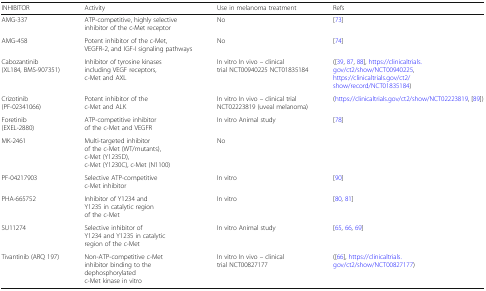
| INHIBITOR | Activity | Use in melanoma treatment | Refs |
 | --- | --- | --- | --- |
 | AMG-337 | ATP-competitive, highly selective inhibitor of the c-Met receptor | No | [73] |
 | AMG-458 | Potent inhibitor of the c-Met, VEGFR-2, and IGF-I signaling pathways | No | [74] |
 | Cabozantinib (XL184, BMS-907351) | Inhibitor of tyrosine kinases including VEGF receptors, c-Met and AXL | In vitro In vivo – clinical trial NCT00940225 NCT01835184 | ([39, 87, 88], https://clinicaltrials.gov/ct2/show/NCT00940225, https://clinicaltrials.gov/ct2/show/record/NCT01835184) |
 | Crizotinib (PF-02341066) | Potent inhibitor of the c-Met and ALK | In vitro In vivo – clinical trial NCT02223819 (uveal melanoma) | (https://clinicaltrials.gov/ct2/show/NCT02223819, [89]) |
 | Foretinib (EXEL-2880) | ATP-competitive inhibitor of the c-Met and VEGFR | In vitro Animal study | [78] |
 | MK-2461 | Multi-targeted inhibitor of the c-Met (WT/mutants), c-Met (Y1235D), c-Met (Y1230C), c-Met (N1100) | No |  |
 | PF-04217903 | Selective ATP-competitive c-Met inhibitor | In vitro | [90] |
 | PHA-665752 | Inhibitor of Y1234 and Y1235 in catalytic region of the c-Met | In vitro | [80, 81] |
 | SU11274 | Selective inhibitor of Y1234 and Y1235 in catalytic region of the c-Met | In vitro Animal study | [65, 66, 69] |
 | Tivantinib (ARQ 197) | Non-ATP-competitive c-Met inhibitor binding to the dephosphorylated c-Met kinase in vitro | In vitro In vivo – clinical trial NCT00827177 | ([66], https://clinicaltrials.gov/ct2/show/NCT00827177) |